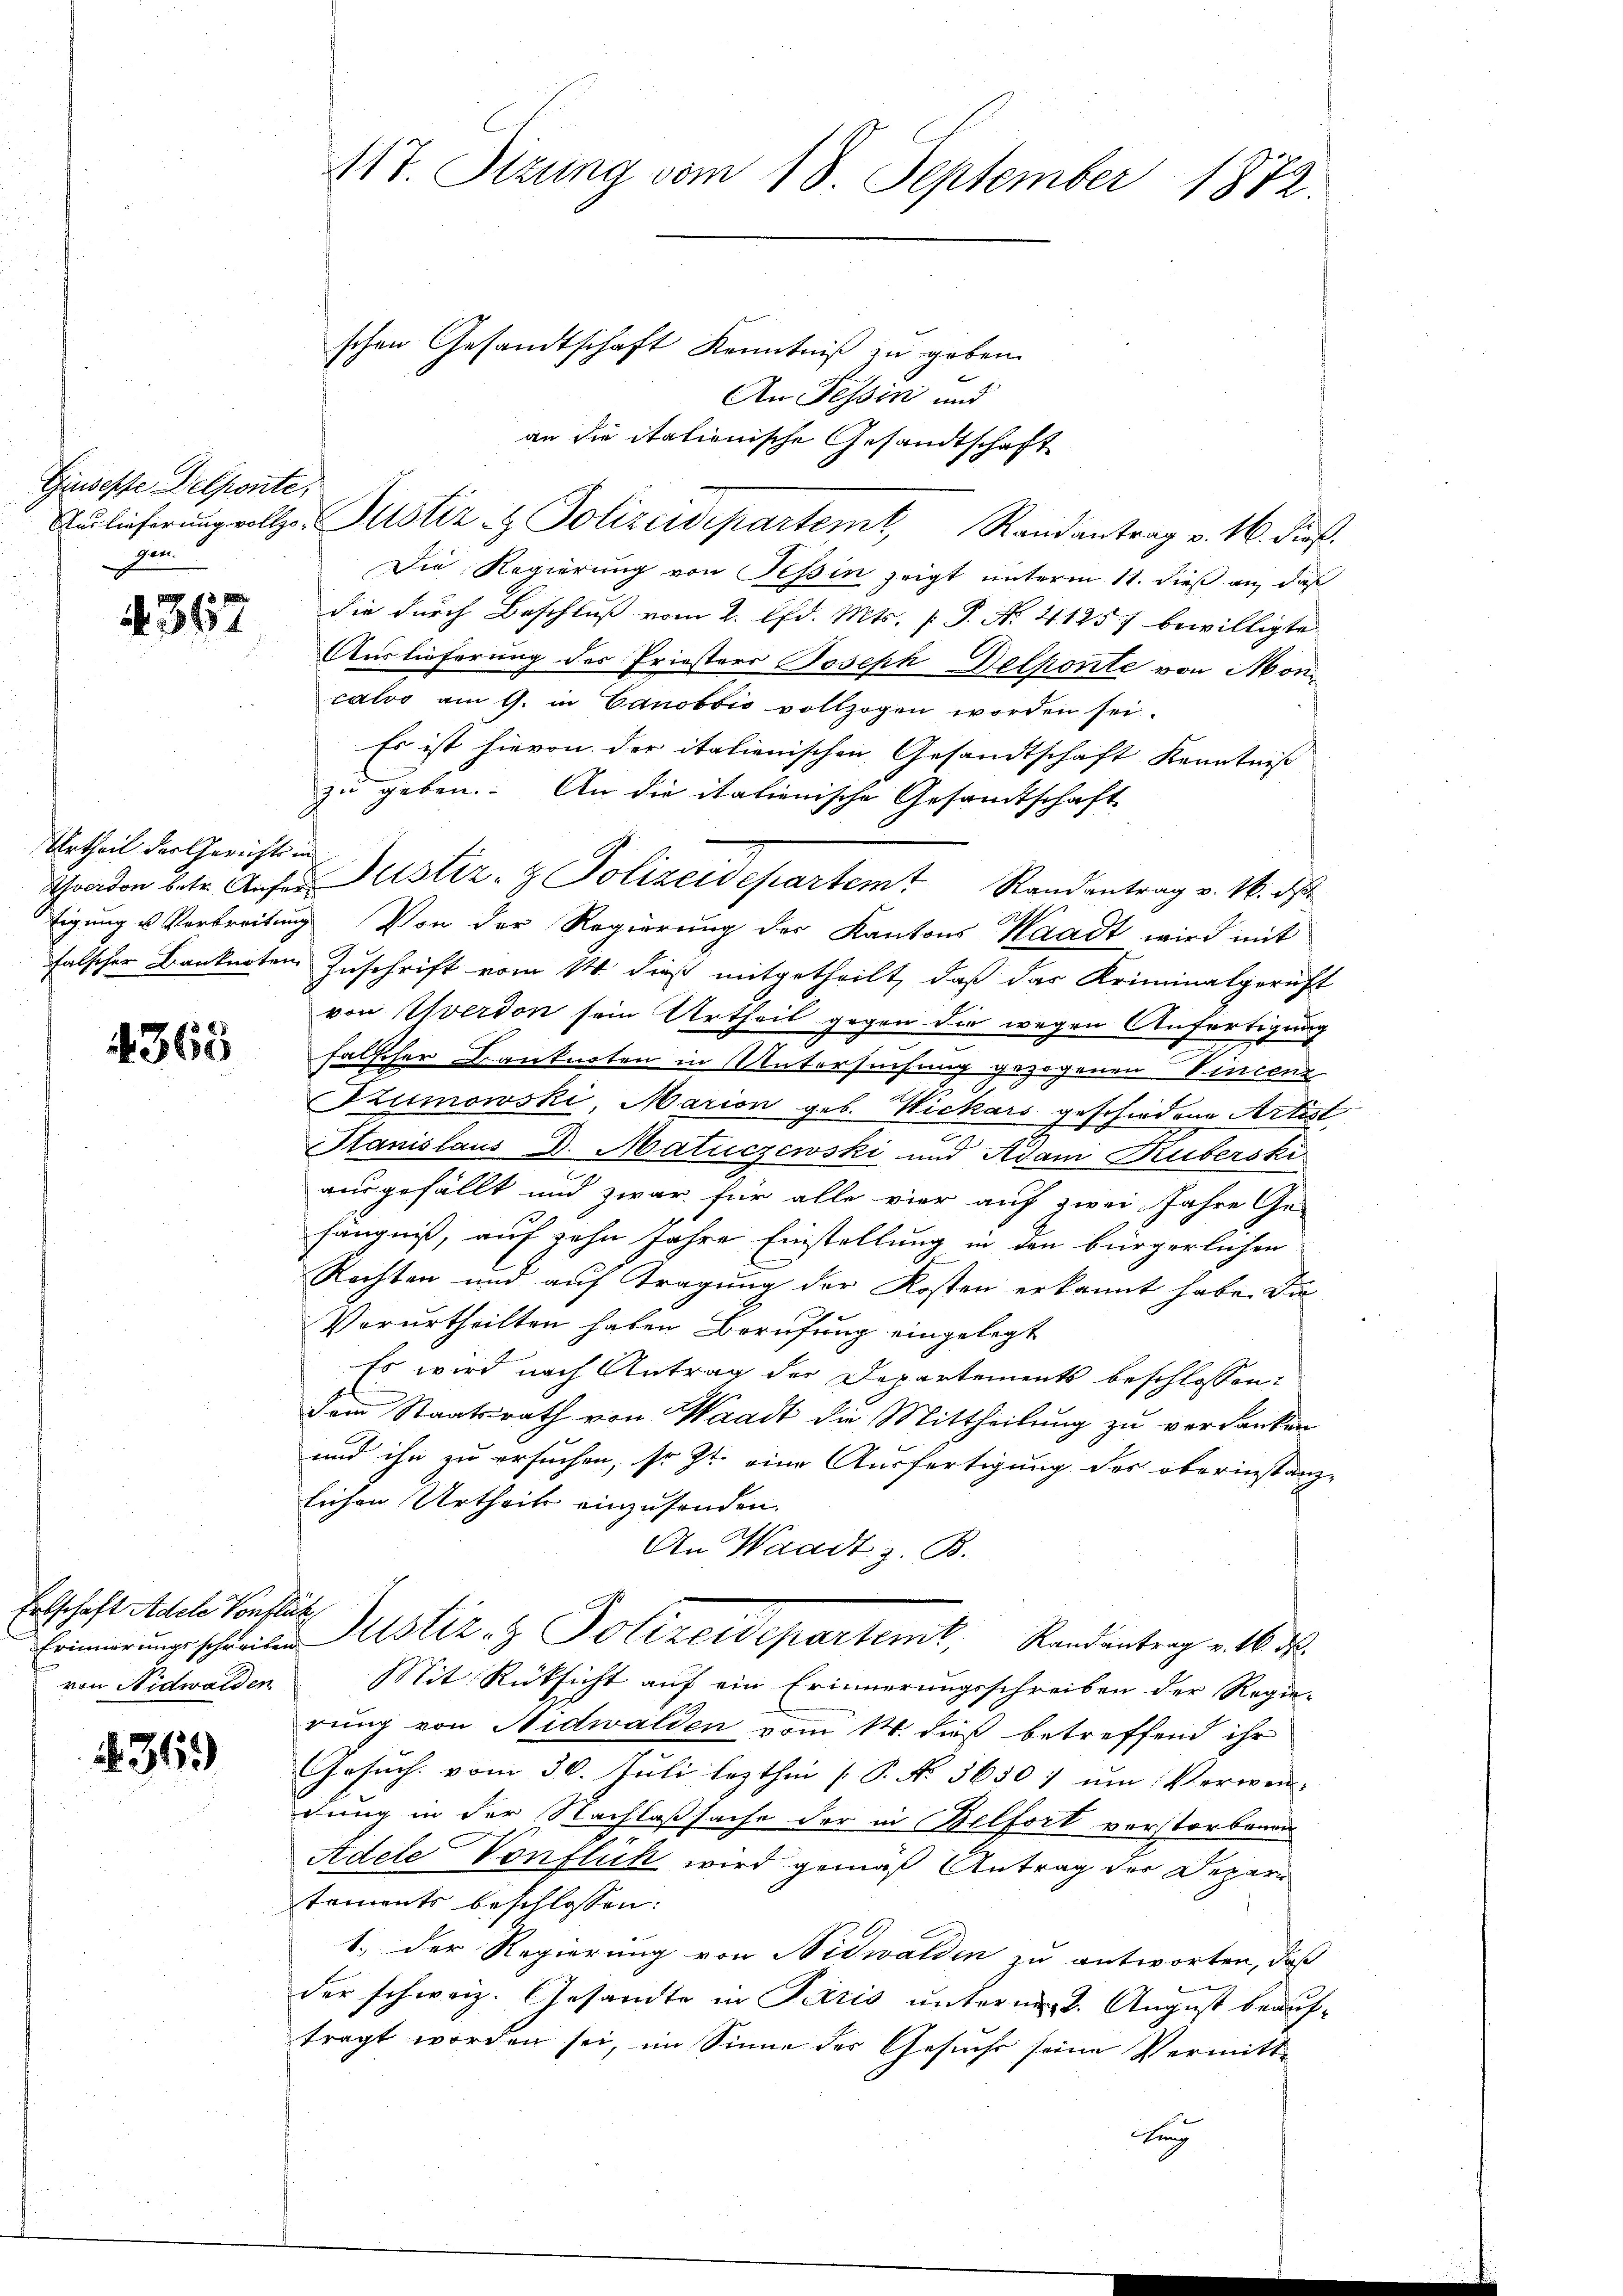
Giusepfe Delponte,
er

e
A. 361

Urtheil der Gerichts in

4368

Ertschaft Adele Vonflik
von Nidwalden

§36)

117. Sitzung vom 18. September 1872.
schen Gesandtschaft Kenntniß zu geben.
An Tessin und

an die italienische Gesandtschaft
Aŭslieferŭng vollzo. Pustiz- & Polizeidepartemt, Randantrag v. 16. dieß.
Die Regierung von Tessin zeigt unterm 11. dieß an, daß
die durch Beschluß vom 2. d. Mts. [ P. Nr. 41257 bewilligte
Auslieferung des Priesters Joseph Delponte von Moncaloo am 9. in Canobbio vollzogen worden sei.
Es ist hievon der italienischen Gesandtschaft Kenntniß
zu geben. An die italienische Gesandtschaft
Schaden betr. Anfer ustiz- & Polizeidepartem Randantrag v. M. d
tigung u Verbreitung. Von der Regierung des Kantons Waadt wird mit
falscher Banknoten Zuschrift vom 14. dieß mitgetheilt, daß das Kriminalgericht
von Yverdon sein Urtheil gegen die wegen Anfertigung
.
falscher Banknoten in Untersuchung gezogenen Vincenz
Ezumowski, Marion geb. Wickars geschiedene Artist
Stanislaus D. Matuczewski und Adam Ruberski
ausgefällt und zwar für alle vier auf zwei Jahre Ge-
fängniß, auf zehn Jahre Einstellung in den bürgerlichen
Rechten und auf Tragung der Kosten erkannt habe. Da
Verurtheilten haben Berufung eingelegt
Es wird nach Antrag der Departements beschlossen:
Dem Staatsrath von Waadt die Mittheilung zu verdanken
und ihn zu ersuchen, so st eine Ausfertigung des oberinstanz-
lichen Urtheils einzusenden.
An Waadt z. B.
Erinnerungsschreiben Justiz- & Polizeidepartemt. Randantrag v. 16. d.
Mit Rücksicht auf ein Erinnerungsschreiben der Regie-
rung von Nidwalden vom 14. daß betreffend ihr
Gesuch vom 30. Juli lezthin [P. No. 3650 7 um Verwen-
dung in der Nachlaßsache der in Belfort verstorbenen
Adele Vonflik wird gemäß Antrag der Depar
tements beschlossen:
1.) Der Regierung von Nidwalden zu antworten, daß
der schweiz. Gesandte in Paris unterm 2. August beauftragt worden sei, im Sinne des Gesuche seine Vermitt¬
Aug